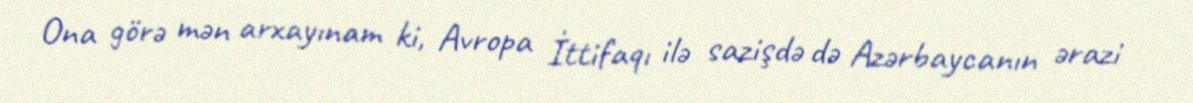
Ona görə mən arxayınam ki, Avropa İttifaqı ilə sazişdə də Azərbaycanın ərazi